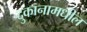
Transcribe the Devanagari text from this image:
दुकानामधील